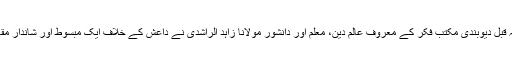
کچھ عرصہ قبل دیوبندی مکتب فکر کے معروف عالم دین، معلم اور دانشور مولانا زاہد الراشدی نے داعش کے خلاف ایک مبسوط اور شاندار مقالہ لکھا تھا۔